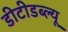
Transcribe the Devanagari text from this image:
डीटीडब्ल्यू